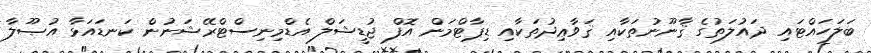
ބަލަހައްޓައި ދައުލަތުގެ ޤާނޫނުތަކާއި ޤަވާޢިދުތަކާއި ޑިޕާޓްމަން އޮފް ޖުޑީޝަލް އެޑްމިނިސްޓްރޭޝަނުން ކަނޑައަޅާ އުޞޫލާ